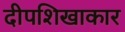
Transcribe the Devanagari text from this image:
दीपशिखाकार